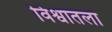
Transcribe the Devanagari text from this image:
विश्वातला